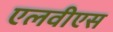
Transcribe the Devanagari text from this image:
एलवीएस